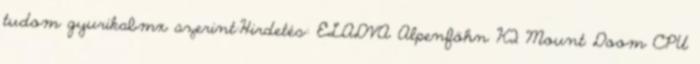
tudom gyurikabmx szerint:Hirdetés: ELADVA Alpenföhn K2 Mount Doom CPU